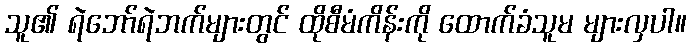
သူ၏ ရဲဘော်ရဲဘက်များတွင် ထိုစီမံကိန်းကို ထောက်ခံသူမ များလှပါ။